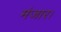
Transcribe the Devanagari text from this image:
मंजार।